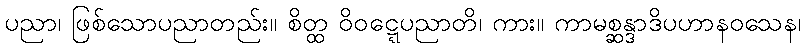
ပညာ၊ ဖြစ်သောပညာတည်း။ စိတ္ထ ဝိဝဋ္ဋေပညာတိ၊ ကား။ ကာမစ္ဆန္ဒာဒိပဟာနဝသေန၊